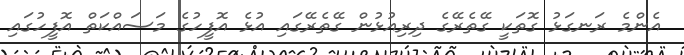
އެންމެ ރަނގަޅު ގޮތަކީ ގޭތެރޭގެ ދިރިއުޅުން ގޭތެރޭގައި އުޅެ އޮފީހުގެ މަސައްކަތް އޮފީހުގައި